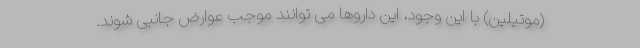
(موتیلین) با این وجود، این داروها می توانند موجب عوارض جانبی شوند.